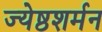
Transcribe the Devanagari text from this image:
ज्येष्ठशर्मन